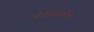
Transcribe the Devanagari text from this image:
ओर्लिआनैस